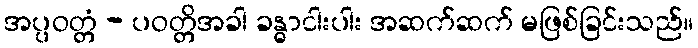
အပ္ပဝတ္တံ - ပဝတ္တိအခါ ခန္ဓာငါးပါး အဆက်ဆက် မဖြစ်ခြင်းသည်။